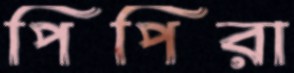
পিপিরা